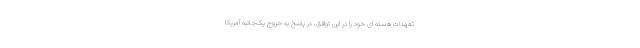
تعهدات هسته ای خود را در این توافق، در پاسخ به خروج یک‌جانبه آمریکا